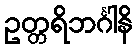
ဥတ္တရိဘင်္ဂါနိ